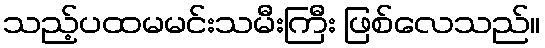
သည့်ပထမမင်းသမီးကြီး ဖြစ်လေသည်။